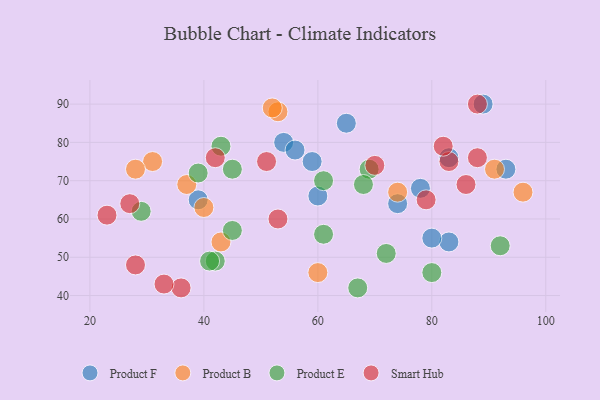
{"axis": {"x": "GDP", "y": "Life Expectancy"}, "legend": ["Product B", "Product E", "Product F", "Smart Hub"], "data": [{"x": "83", "y": 54, "type": "Product F"}, {"x": "60", "y": 66, "type": "Product F"}, {"x": "74", "y": 64, "type": "Product F"}, {"x": "89", "y": 90, "type": "Product F"}, {"x": "59", "y": 75, "type": "Product F"}, {"x": "39", "y": 65, "type": "Product F"}, {"x": "83", "y": 76, "type": "Product F"}, {"x": "54", "y": 80, "type": "Product F"}, {"x": "80", "y": 55, "type": "Product F"}, {"x": "56", "y": 78, "type": "Product F"}, {"x": "65", "y": 85, "type": "Product F"}, {"x": "78", "y": 68, "type": "Product F"}, {"x": "93", "y": 73, "type": "Product F"}, {"x": "91", "y": 73, "type": "Product B"}, {"x": "96", "y": 67, "type": "Product B"}, {"x": "53", "y": 88, "type": "Product B"}, {"x": "37", "y": 69, "type": "Product B"}, {"x": "52", "y": 89, "type": "Product B"}, {"x": "43", "y": 54, "type": "Product B"}, {"x": "31", "y": 75, "type": "Product B"}, {"x": "74", "y": 67, "type": "Product B"}, {"x": "28", "y": 73, "type": "Product B"}, {"x": "40", "y": 63, "type": "Product B"}, {"x": "60", "y": 46, "type": "Product B"}, {"x": "29", "y": 62, "type": "Product E"}, {"x": "92", "y": 53, "type": "Product E"}, {"x": "61", "y": 70, "type": "Product E"}, {"x": "39", "y": 72, "type": "Product E"}, {"x": "61", "y": 56, "type": "Product E"}, {"x": "42", "y": 49, "type": "Product E"}, {"x": "80", "y": 46, "type": "Product E"}, {"x": "41", "y": 49, "type": "Product E"}, {"x": "45", "y": 57, "type": "Product E"}, {"x": "45", "y": 73, "type": "Product E"}, {"x": "67", "y": 42, "type": "Product E"}, {"x": "69", "y": 73, "type": "Product E"}, {"x": "43", "y": 79, "type": "Product E"}, {"x": "72", "y": 51, "type": "Product E"}, {"x": "68", "y": 69, "type": "Product E"}, {"x": "28", "y": 48, "type": "Smart Hub"}, {"x": "83", "y": 75, "type": "Smart Hub"}, {"x": "82", "y": 79, "type": "Smart Hub"}, {"x": "27", "y": 64, "type": "Smart Hub"}, {"x": "79", "y": 65, "type": "Smart Hub"}, {"x": "42", "y": 76, "type": "Smart Hub"}, {"x": "51", "y": 75, "type": "Smart Hub"}, {"x": "36", "y": 42, "type": "Smart Hub"}, {"x": "70", "y": 74, "type": "Smart Hub"}, {"x": "88", "y": 90, "type": "Smart Hub"}, {"x": "23", "y": 61, "type": "Smart Hub"}, {"x": "53", "y": 60, "type": "Smart Hub"}, {"x": "33", "y": 43, "type": "Smart Hub"}, {"x": "88", "y": 76, "type": "Smart Hub"}, {"x": "86", "y": 69, "type": "Smart Hub"}]}